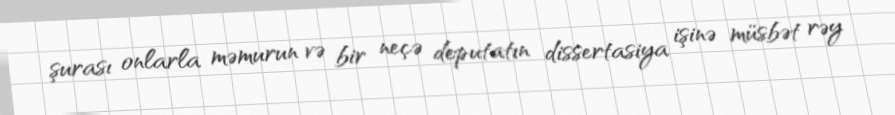
şurası onlarla məmurun və bir neçə deputatın dissertasiya işinə müsbət rəy